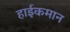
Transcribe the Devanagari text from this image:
हाईकमान